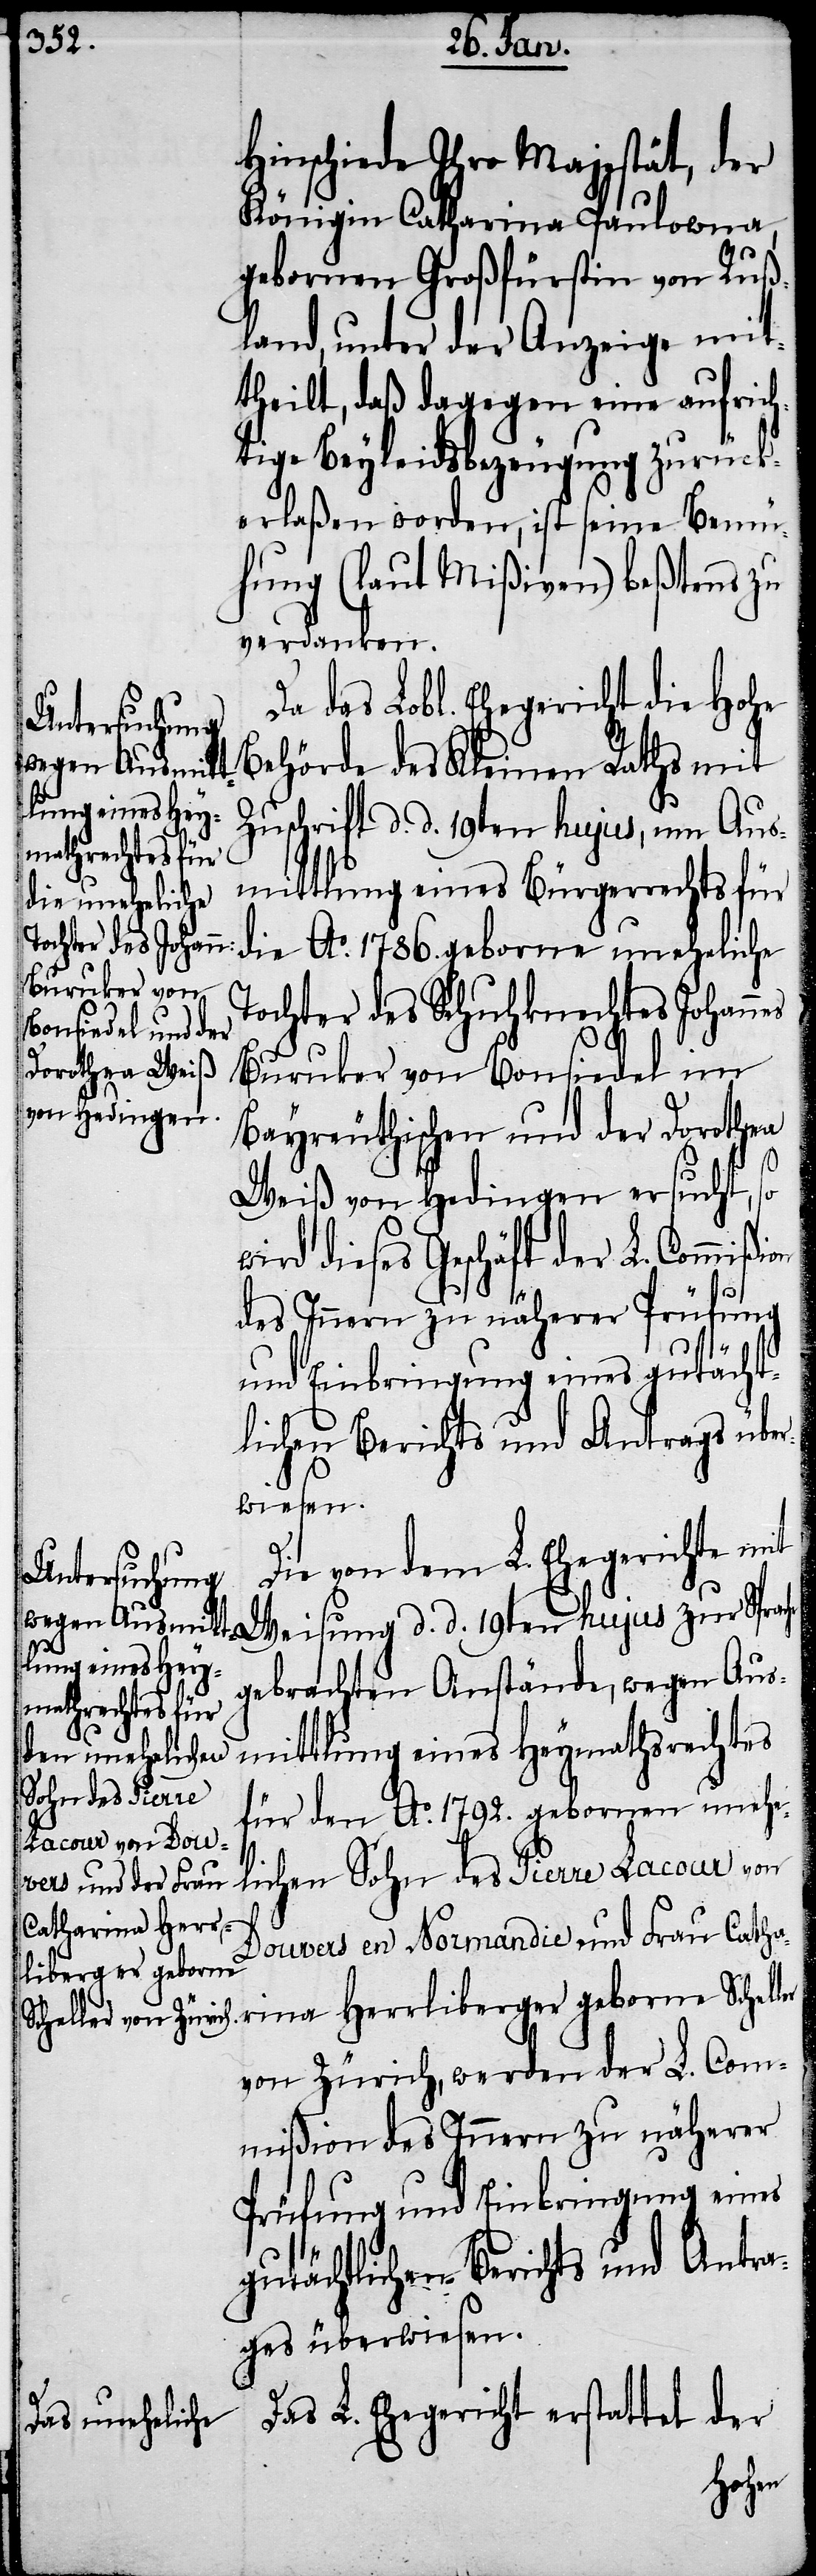
Hinschiede Ihro Majestät, der
Königin Catharina Paulowna,
gebornen Großfürstin von Ruß¬
land, unter der Anzeige mit¬
theilt, daß dagegen eine aufrich¬
tige Beyleidsbezeugung zurück¬
erlaßen worden, ist seine Bemü¬
hung (laut Mißiven) beßtens zu
verdanken.
Da das Lobl. Ehegericht die Hohe
Behörde des Kleinen Raths mit
Zuschrift d. d. 19ten hujus, um Aus¬
mittlung eines Bürgerrechts für
die Ao. 1786. geborne uneheliche
Tochter des Schuhknechtes Johannes
Buruker von Bonsiedel im
Bayreuthischen und der Dorothea
Weiß von Hedingen ersucht, so
wird dieses Geschäft der L. Com¬
Weisung
Die von dem L. Ehegerichte mit
gebrachten Anstände, wegen Aus¬
mittlung eines Heymathsrechtes
für den Ao. 1792. gebornen unehe¬
lichen Sohn des Pierre Lacour von
Douvers en Normandie und Frau Catha¬
rina Herrliberger geborne Schaller
von Zürich, werden der L. Com¬
mißion des Innern zu näherer
Prüfung und Einbringung eines
d.
gutächtlichen Berichts und Antra¬
ges überwiesen.